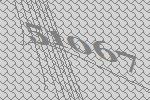
51067